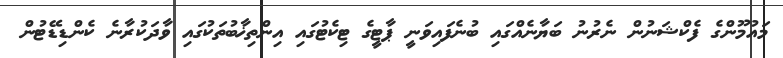
މައުމޫންގެ ފެކްޝަނުން ނެރުނު ބަޔާނެއްގައި ބުނެފައިވަނީ ޕާޓީގެ ޓިކެޓުގައި އިންތިޚާބުތަކުގައި ވާދަކުރާނެ ކެންޑިޑޭޓުން